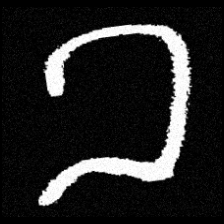
Pyu character \u2014 Myanmar letter: ခ (romanized: kha)